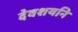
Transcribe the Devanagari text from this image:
देवशयनि